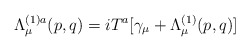
\begin{align*}\Lambda _\mu ^{(1)a}(p,q)=iT^a[\gamma _\mu +\Lambda _\mu ^{(1)}(p,q)]\end{align*}